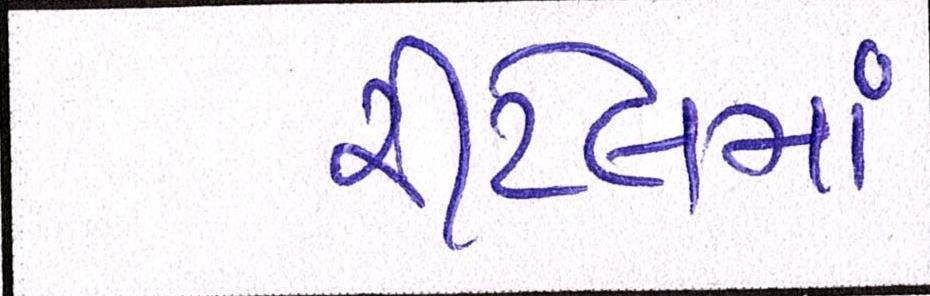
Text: રીટેલમાં